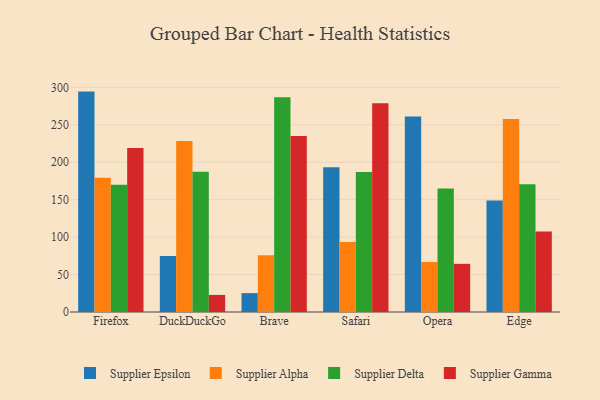
{"axis": {"x": "Browser", "y": "Headcount"}, "legend": ["Supplier Alpha", "Supplier Delta", "Supplier Epsilon", "Supplier Gamma"], "data": [{"x": "Firefox", "y": 294.3, "type": "Supplier Epsilon"}, {"x": "Firefox", "y": 179.3, "type": "Supplier Alpha"}, {"x": "Firefox", "y": 169.9, "type": "Supplier Delta"}, {"x": "Firefox", "y": 219.1, "type": "Supplier Gamma"}, {"x": "DuckDuckGo", "y": 74.7, "type": "Supplier Epsilon"}, {"x": "DuckDuckGo", "y": 228.3, "type": "Supplier Alpha"}, {"x": "DuckDuckGo", "y": 187.3, "type": "Supplier Delta"}, {"x": "DuckDuckGo", "y": 22.8, "type": "Supplier Gamma"}, {"x": "Brave", "y": 25.2, "type": "Supplier Epsilon"}, {"x": "Brave", "y": 75.7, "type": "Supplier Alpha"}, {"x": "Brave", "y": 286.9, "type": "Supplier Delta"}, {"x": "Brave", "y": 235.0, "type": "Supplier Gamma"}, {"x": "Safari", "y": 193.2, "type": "Supplier Epsilon"}, {"x": "Safari", "y": 93.6, "type": "Supplier Alpha"}, {"x": "Safari", "y": 186.8, "type": "Supplier Delta"}, {"x": "Safari", "y": 278.6, "type": "Supplier Gamma"}, {"x": "Opera", "y": 260.9, "type": "Supplier Epsilon"}, {"x": "Opera", "y": 66.8, "type": "Supplier Alpha"}, {"x": "Opera", "y": 164.9, "type": "Supplier Delta"}, {"x": "Opera", "y": 64.3, "type": "Supplier Gamma"}, {"x": "Edge", "y": 149.0, "type": "Supplier Epsilon"}, {"x": "Edge", "y": 257.7, "type": "Supplier Alpha"}, {"x": "Edge", "y": 170.5, "type": "Supplier Delta"}, {"x": "Edge", "y": 107.5, "type": "Supplier Gamma"}]}